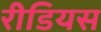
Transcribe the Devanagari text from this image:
रीडियस